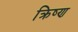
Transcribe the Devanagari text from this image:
क्रिष्ण